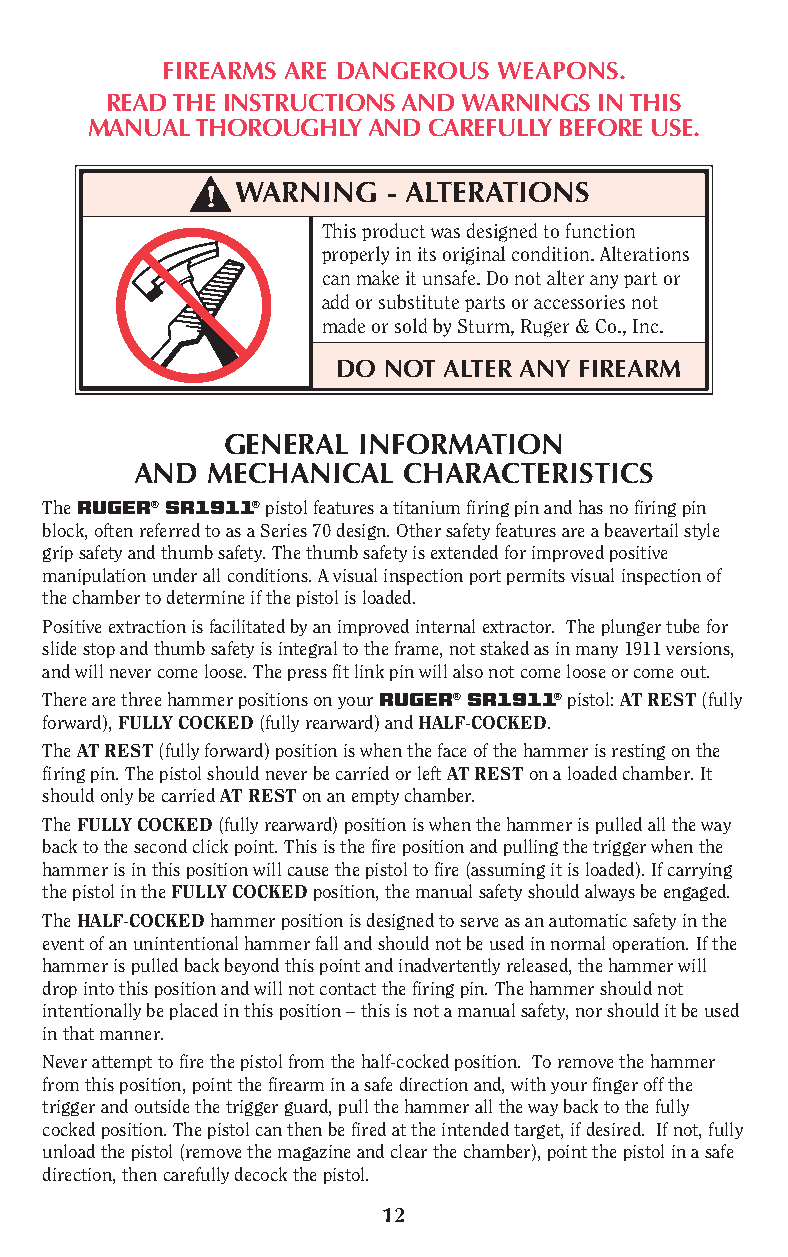
FIREARMS ARE DANG EROUS WEAPONS.
 READ THE INSTRUCTIONS AND WARNINGS IN THIS
 MANUAL THOROUGHLY AND CAREFULLY BEFORE USE.
 WARNING   - ALTERATIONS
 This product was designed to function
 properly in its original condition. Alterations
 can make it unsafe. Do not alter any part or
 add or substitute parts or accessories not
 made or sold by Sturm, Ruger & Co., Inc.
 DO NOT ALTER ANY FIREARM
 GENERAL  INFORMATION
 AND  MECHANICAL   CHARACTERISTICS
 The RUGER® SR1911® pistol features a titanium firing pin and has no firing pin
 block, often referred to as a Series 70 design. Other safety features are a beavertail style
 grip safety and thumb safety. The thumb safety is extended for improved positive
 manipulation under all conditions. A visual inspection port permits visual inspection of
 the chamber to determine if the pistol is loaded.
 Positive extraction is facilitated by an improved internal extractor. The plunger tube for
 slide stop and thumb safety is integral to the frame, not staked as in many 1911 versions,
 and will never come loose. The press fit link pin will also not come loose or come out.
 There are three hammer positions on your RUGER® SR1911® pistol: AT REST (fully
 forward), FULLY COCKED (fully rearward) and HALF-COCKED.
 The AT REST (fully forward) position is when the face of the hammer is resting on the
 firing pin. The pistol should never be carried or left AT REST on a loaded chamber. It
 should only be carried AT REST on an empty chamber.
 The FULLY COCKED (fully rearward) position is when the hammer is pulled all the way
 back to the second click point. This is the fire position and pulling the trigger when the
 hammer is in this position will cause the pistol to fire (assuming it is loaded). If carrying
 the pistol in the FULLY COCKED position, the manual safety should always be engaged.
 The HALF-COCKED hammer position is designed to serve as an automatic safety in the
 event of an unintentional hammer fall and should not be used in normal operation. If the
 hammer is pulled back beyond this point and inadvertently released, the hammer will
 drop into this position and will not contact the firing pin. The hammer should not
 intentionally be placed in this position – this is not a manual safety, nor should it be used
 in that manner.
 Never attempt to fire the pistol from the half-cocked position. To remove the hammer
 from this position, point the firearm in a safe direction and, with your finger off the
 trigger and outside the trigger guard, pull the hammer all the way back to the fully
 cocked position. The pistol can then be fired at the intended target, if desired. If not, fully
 unload the pistol (remove the magazine and clear the chamber), point the pistol in a safe
 direction, then carefully decock the pistol.
 12